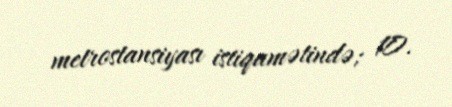
metrostansiyası istiqamətində; 10.